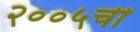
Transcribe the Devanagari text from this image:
२००५ची